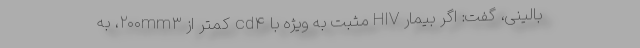
بالینی، گفت: اگر بیمار HIV مثبت به ویژه با cd۴ کمتر از ۲۰۰mm۳، به